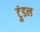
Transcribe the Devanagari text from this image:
टुंडल